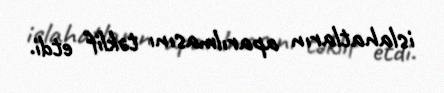
islahatların aparılmasını təklif etdi.